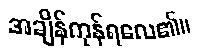
အချိန်ကုန်ရလေ၏။